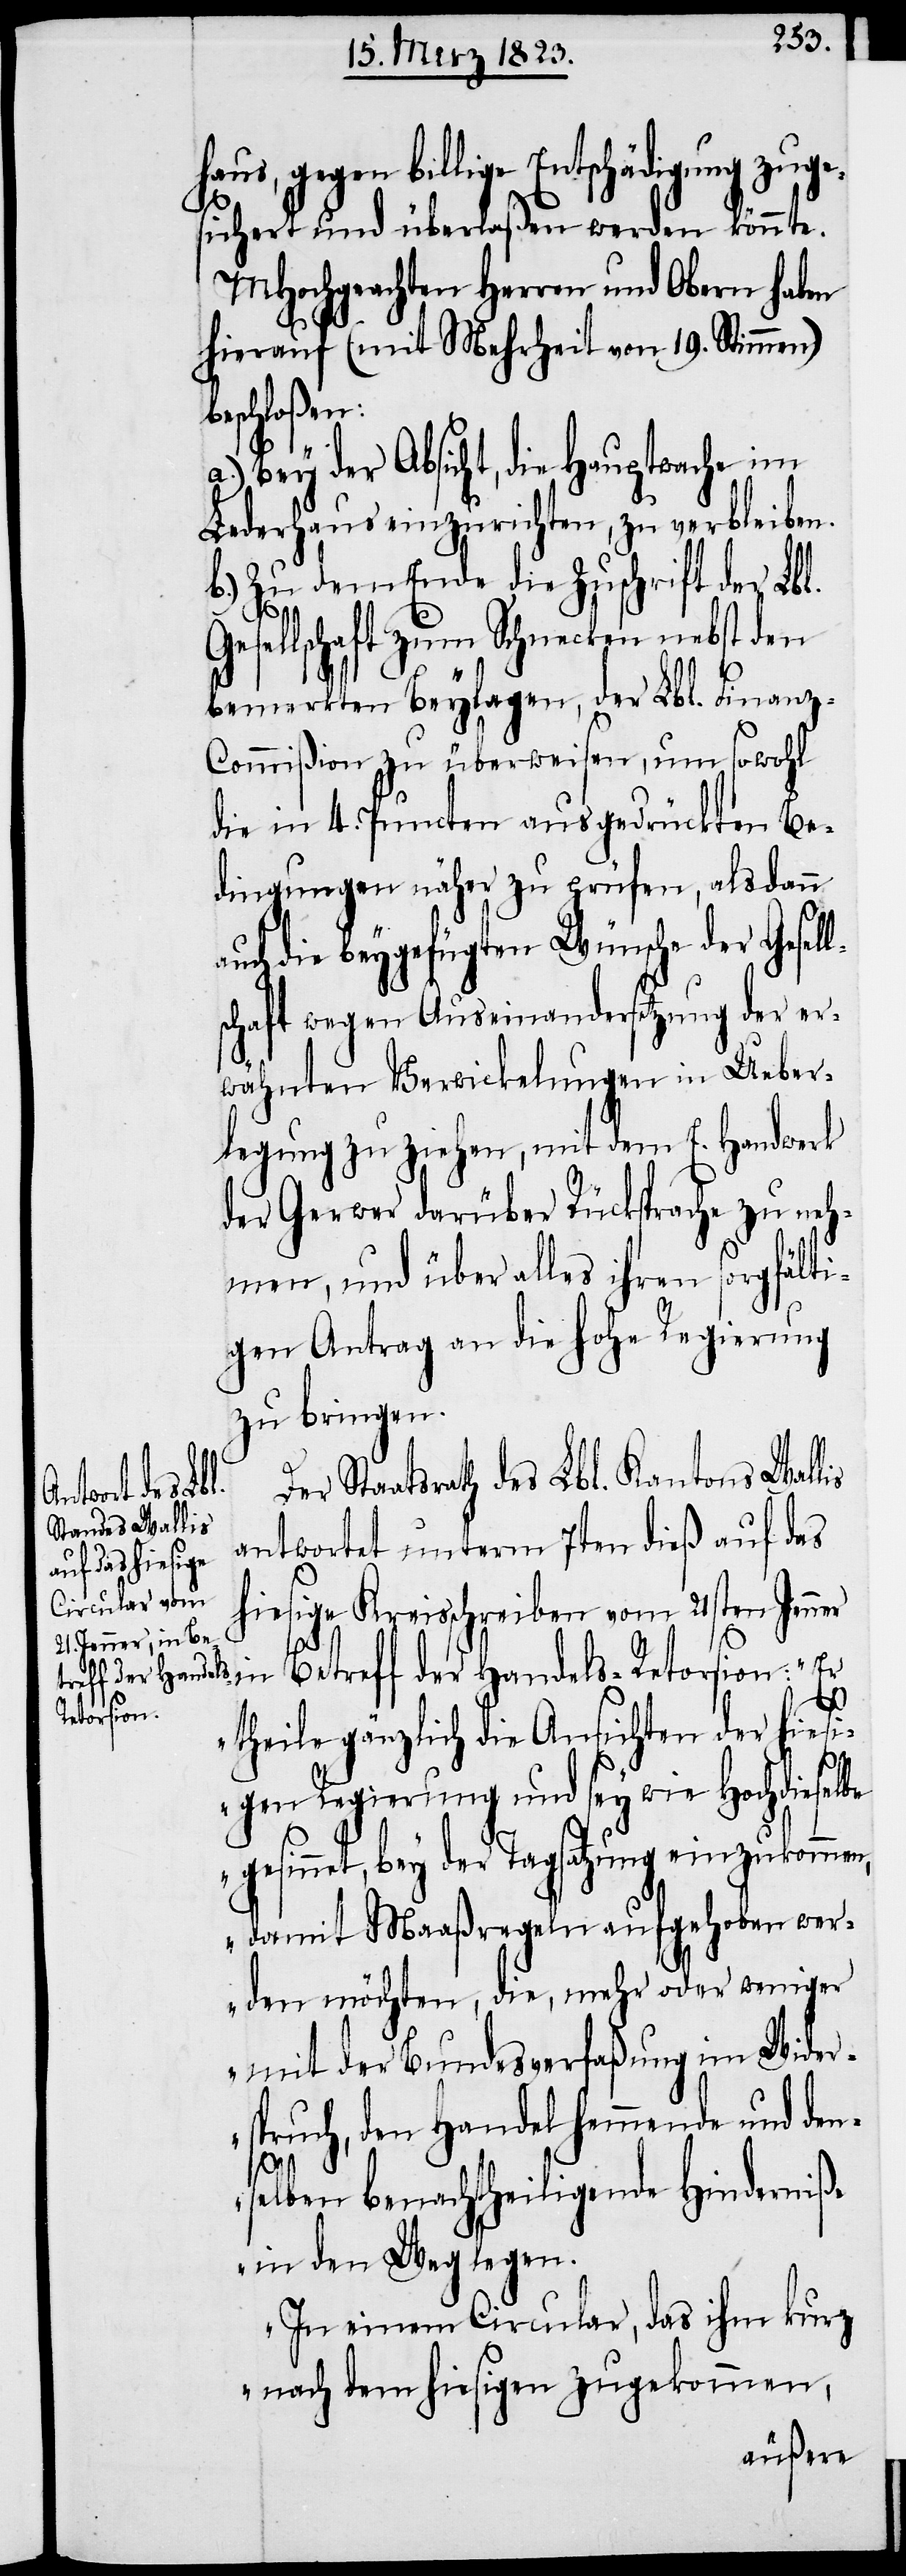
haus, gegen billige Entschädigung zuge¬
l¬
sichert und überlaßen werden könnte.
MHochgeachten Herren und Obern haben
hierauf (mit Mehrheit von 19. Stimmen)
beschloßen:
Bey der Absicht, die Hauptwache im
Lederhaus einzurichten, zu verbleiben.
b.) Zu dem Ende die Zuschrift der Lbl.
esellschaft zum Schnecken nebst den
bemerkten Beylagen, der Lbl. Finan¬
z-Commißion zu überweisen, um sowohl
die in 4. Puncten ausgedrückten Be¬
dingungen näher zu prüfen, alsdann
auch die beygefügten Wünsche der Gesel¬
schaft wegen Auseinandersetzung der er¬
wähnten Verwickelungen in Ueber¬
legung zu ziehen, mit dem E. Handwerk
der Gerwer darüber Rücksprache zu neh¬
men, und über alles ihren sorgfälti¬
gen Antrag an die hohe Regierung
zu bringen.
Staatsrath des Lbl. Kantons Wallis
antwortet unterm 7ten dieß auf das
hiesige Kreisschreiben vom 21sten Jenne¬
r in Betreff der Handels-Retorsion: „Er
theile gänzlich die Ansichten der hiesi¬
gen Regierung und sey wie Hochdieselbe
gesinnet, bey der Tagsatzung einzukommen,
damit Maaßregeln aufgehoben wer¬
den möchten, die, mehr oder weniger
mit der Bundesverfaßung im Wider¬
spruch, den Handel hemmende und den¬
selben benachtheiligende Hinderniße
in den Weg legen.
In einem Circular, das ihm kurz
nach dem hiesigen zugekommen,